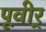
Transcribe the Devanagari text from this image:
पूवीर्